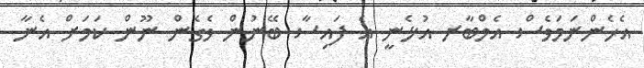
އެހެންނަމަވެސް އެމްބާރ އުޅެނީ އެ ފައިސާ ބޭނުން ވެގެން ނޫން ކަމަށް އެނާ